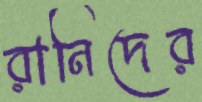
রানিদের